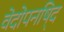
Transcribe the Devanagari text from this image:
वेदोपनषि्द